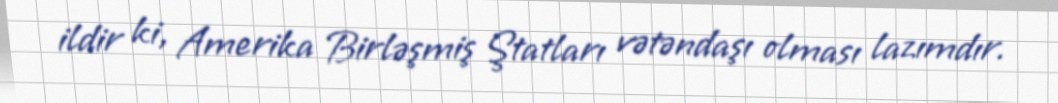
ildir ki, Amerika Birləşmiş Ştatları vətəndaşı olması lazımdır.